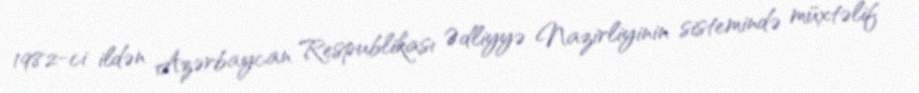
1982-ci ildən Azərbaycan Respublikası Ədliyyə Nazirliyinin sistemində müxtəlif